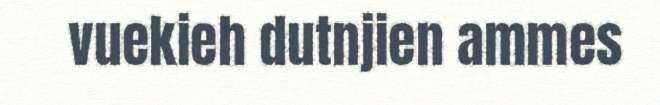
vuekieh dutnjien ammes